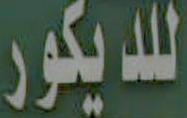
للديكور